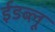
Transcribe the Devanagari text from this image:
ईडब्लू